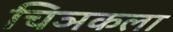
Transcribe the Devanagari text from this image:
चिञकला